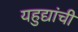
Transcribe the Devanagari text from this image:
यहुद्यांची